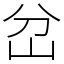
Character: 岔